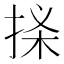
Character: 𢭒